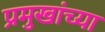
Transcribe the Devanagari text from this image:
प्रमुखांच्या